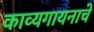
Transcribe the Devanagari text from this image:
काव्यगायनाचे